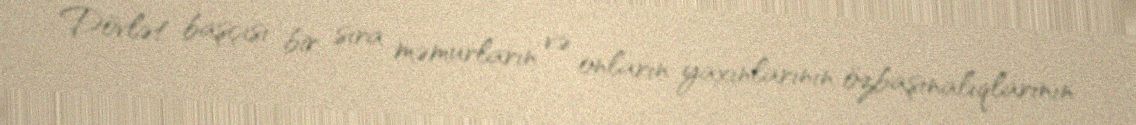
Dövlət başçısı bir sıra məmurların və onların yaxınlarının özbaşınalıqlarının